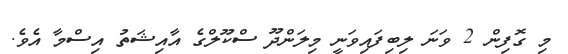
މި ގޮފިން 2 ވަނަ ލިބިފައިވަނީ މިލަންދޫ ސްކޫލްގެ އާއިޝަތު އިސްމާ އެވެ.